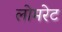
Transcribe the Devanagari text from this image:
लोमरेट